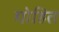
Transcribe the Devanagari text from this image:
गोहित